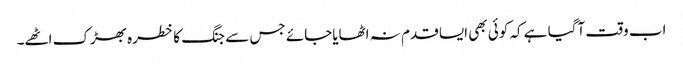
اب وقت آگیا ہے کہ کوئی بھی ایسا قدم نہ اٹھایاجائے جس سے جنگ کا خطرہ بھڑک اٹھے۔